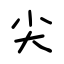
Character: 尖